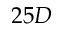
2 5 D